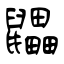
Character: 鼺